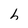
Character: h